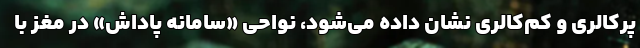
پرکالری و کم‌کالری نشان داده می‌شود، نواحی «سامانه پاداش» در مغز با